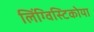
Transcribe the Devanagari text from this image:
लिंग्विस्टिकोया